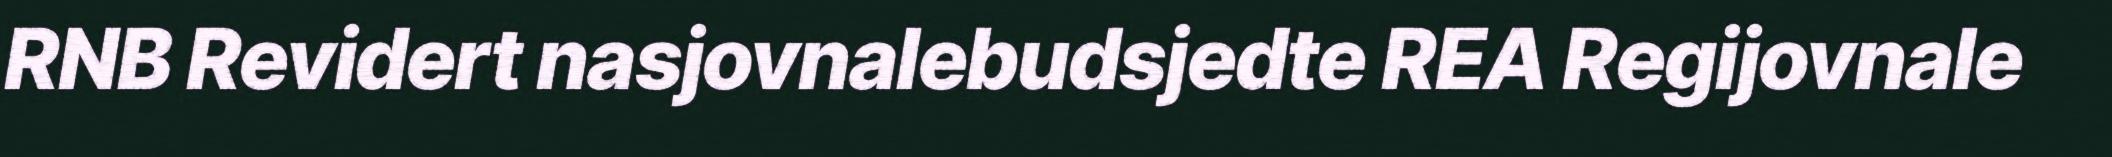
RNB Revidert nasjovnalebudsjedte REA Regijovnale